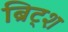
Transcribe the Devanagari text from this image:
ब्रिट्श